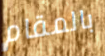
بالمقام